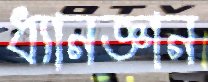
ধ্যানজ্ঞান